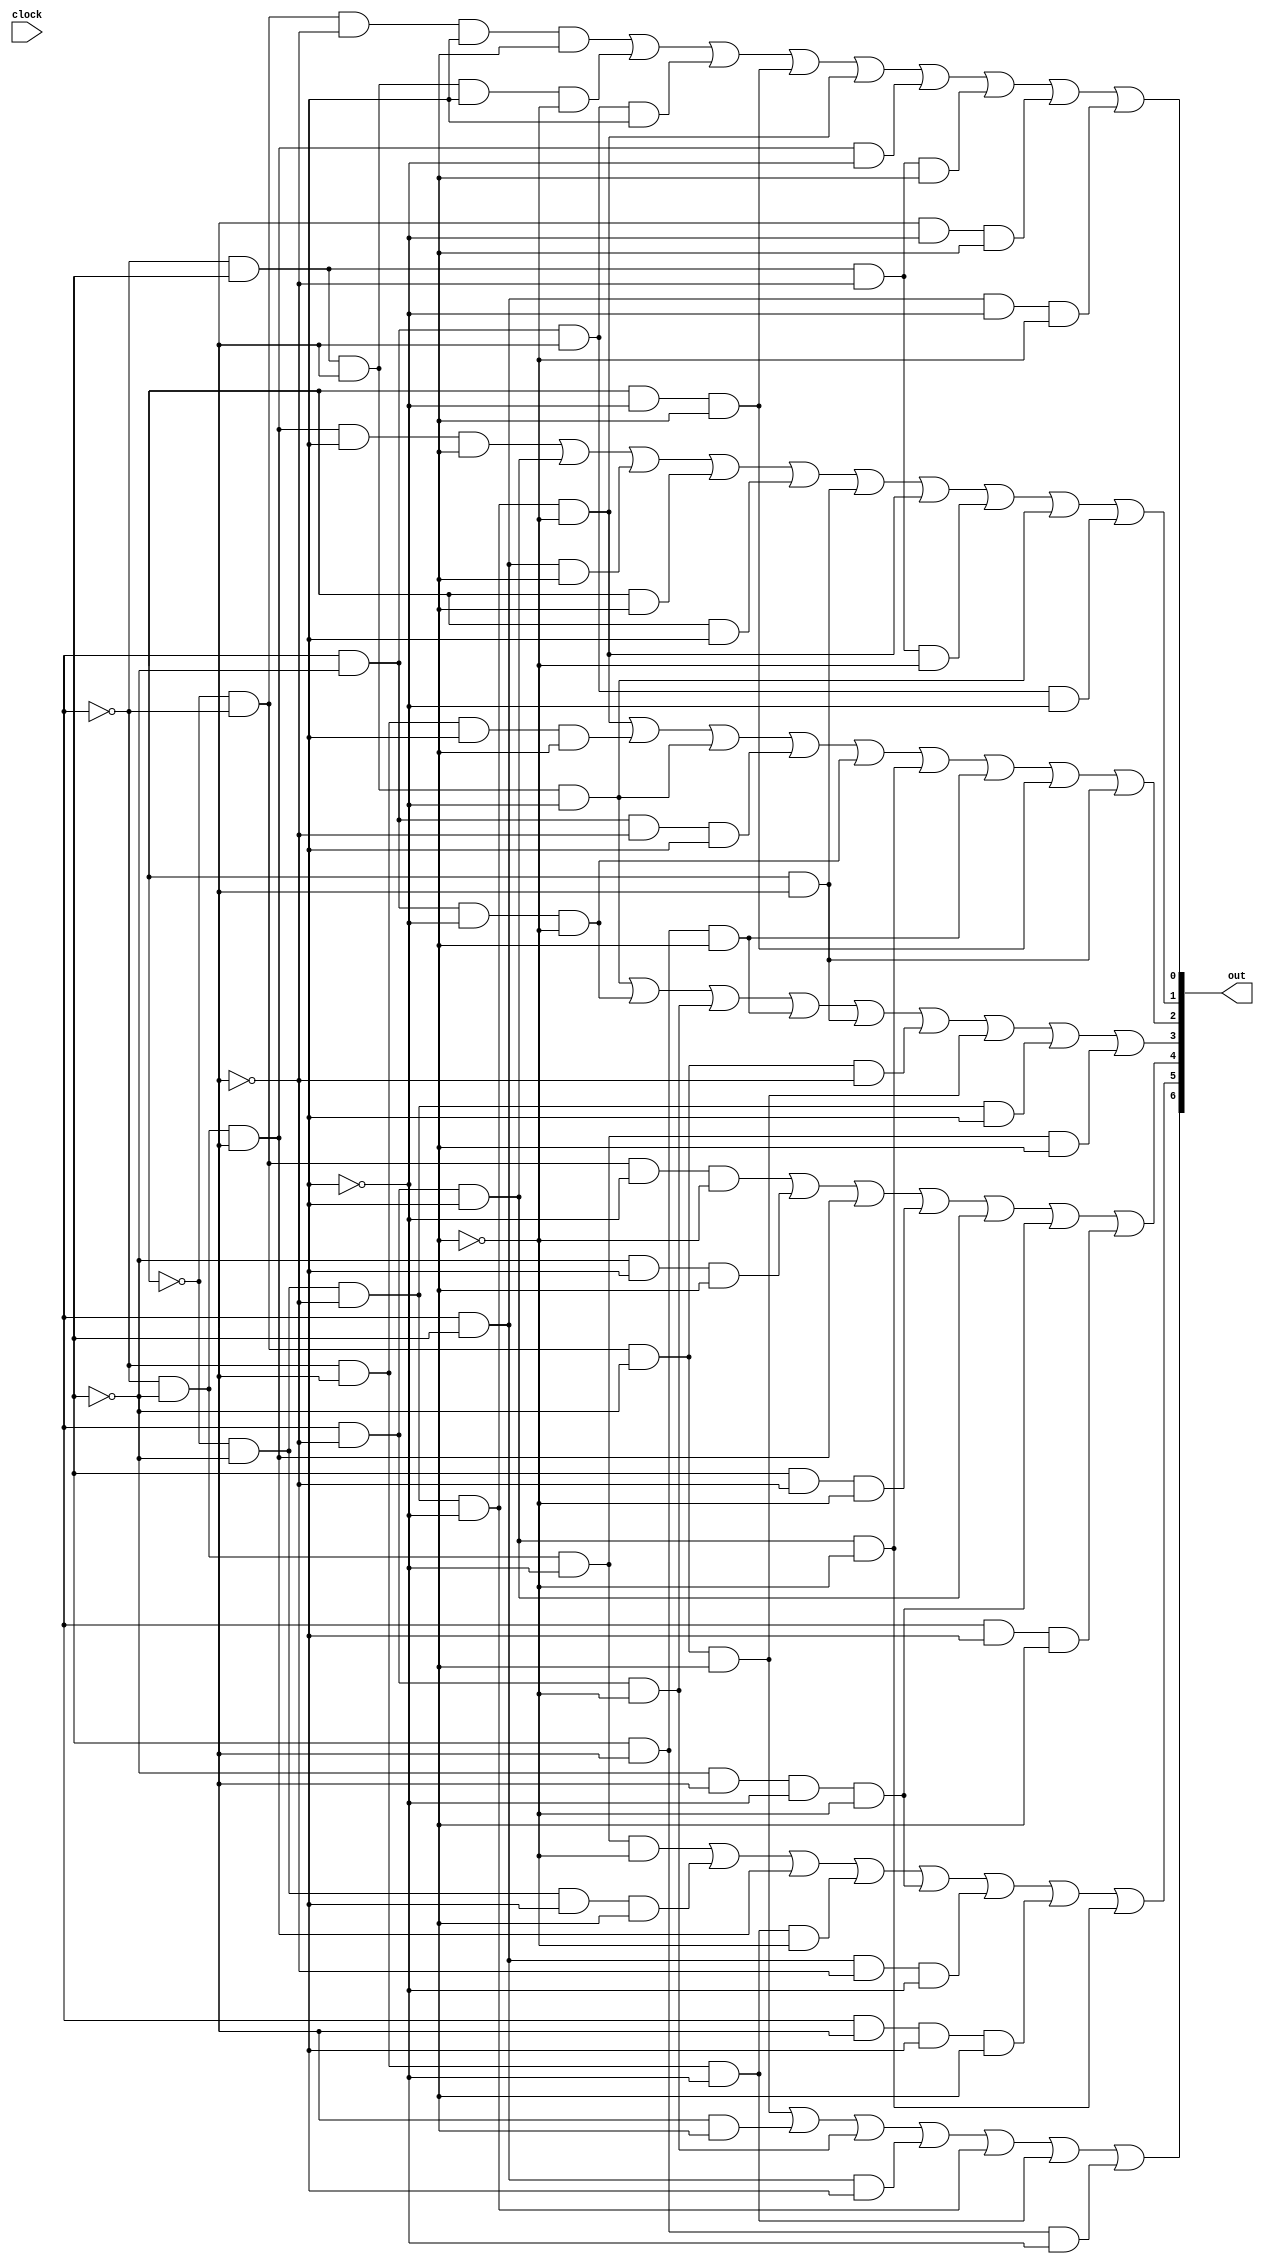
`timescale 1ns / 1ps
//////////////////////////////////////////////////////////////////////////////////
// Company: 
// Engineer: 
// 
// Design Name: 
// Module Name:    Decodificador 
// Project Name: 
// Target Devices: 
// Tool versions: 
// Description: 
//
// Dependencies: 
//
// Revision: 
// Revision 0.01 - File Created
// Additional Comments: 
//
//////////////////////////////////////////////////////////////////////////////////
module Decodificador (input clock, output [6:0] out);

wire a,b,c,d,e,f;
wire [5:0] com;

//Contador mc (clock, com);

assign a = com[5];
assign b = com[4];
assign c = com[3];
assign d = com[2];
assign e = com[1];
assign f = com[0];

assign out[6] = (~a & ~b & ~c & f) | (d & f) | (b & ~d & ~f) | (b & c & e) | (~a & ~c & ~d & ~e) | (~b & d & ~e) | (c & d & ~e);
assign out[5] = (~b & ~c & ~e & ~f) | (~a & ~c & e & f) | (~b & ~c & d) | (~b & d & ~e & ~f) | (~c & d & ~e & ~f) | (b & c & ~d & ~e) | (b & d & e & f) | (b & ~d & e & ~f);
assign out[4] = (~a & ~b & ~e & ~f) | (~c & e & f) | (~b & ~c & d) | (c & ~d & ~f) | (b & ~d & e) | (~c & d & ~e & ~f) | (b & e & f);
assign out[3] = (~b & c & d & ~e) | (b & ~c & ~e & ~f) | (b & ~d & ~f) | (c & d & f) | (a & d) | (~a & ~b & ~c & ~d) | (~a & ~b & ~c & f) | (~a & ~c & ~d & e) | (~b & ~c & ~e & f);
assign out[2] = (~a & ~c & ~d & ~e & ~f) | (~b & d & e & f) | (~b & c & d & ~e) | (b & ~c & ~d & e) | (b & ~c & ~e & ~f) | (b & ~d & e & ~f) | (c & d & f) | (a & ~e & f) | (a & d);
assign out[1] = (~b & ~c & d & e & f) | (b & ~d & e) | (b & c & f) | (a & f) | (a & e) | (a & d) | (~a & ~c & ~d & ~e & ~f) | (~b & c & ~d & ~f) | (~b & c & d & ~e) | (b & ~c & d & ~e);
assign out[0] = (~a & ~b & ~d & e & f) | (~b & c & d & e & ~f) | (b & ~c & d & e) | (a & ~e & f) | (~a & ~c & ~d & ~e & ~f) | (~b & ~c & d & ~e) | (~b & c & ~d & f) | (d & ~e & f) | (b & c & ~e & ~f);

endmodule